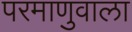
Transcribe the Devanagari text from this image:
परमाणुवाला